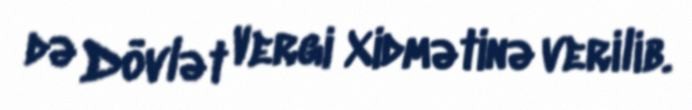
də Dövlət Vergi Xidmətinə verilib.